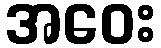
အဝေး